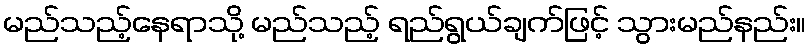
မည်သည့်နေရာသို့ မည်သည့် ရည်ရွယ်ချက်ဖြင့် သွားမည်နည်း။